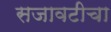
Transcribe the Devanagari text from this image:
सजावटीचा